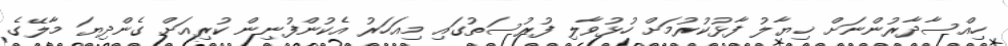
ހިއްސާދާރުންނަށް ޚިޔާލު ފާޅުކުރުމަށް ހުޅުވާލި ފުރުސަތުގައި މިއަހަރު އެކުންފުނިން ކުރިއަށް ގެންދިޔަ މާލޭގެ